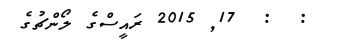
:  :  17